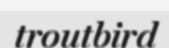
troutbird